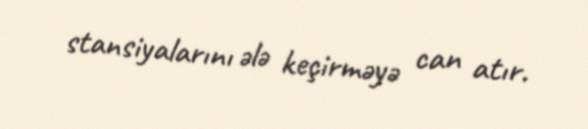
stansiyalarını ələ keçirməyə can atır.